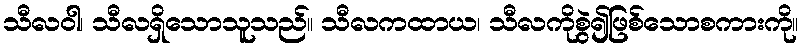
သီလဝါ၊ သီလရှိသောသူသည်။ သီလကထာယ၊ သီလကိုစွဲ၍ဖြစ်သောစကားကို။